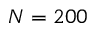
N = 2 0 0